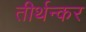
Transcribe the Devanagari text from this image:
तीर्थन्कर